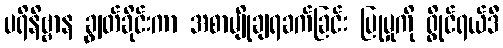
ပရိနိဗ္ဗာန ချွတ်ခိုင်းကာ အစာမျိုချရခက်ခြင်း ပြုမှုကို ရွိုင်ရယ်ဒီ